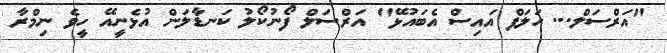
"އަރްސަލް... ހަލަފް އައިސް އެބައުޅޭ" އަރްސަލް ފޯނުކޯލު ކަނޑާލަން އުޅެނީއޭ ހީވެ ނިމްރާ